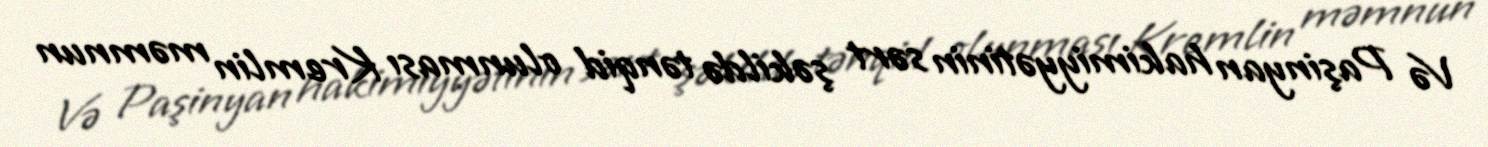
Və Paşinyan hakimiyyətinin sərt şəkildə tənqid olunması Kremlin məmnun